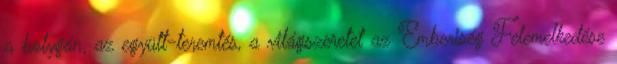
a bolygón, az együtt-teremtés, a világszeretet az Emberiség Felemelkedése